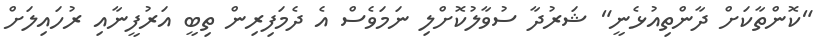
"ކޮންތާކަށް ދާންތިއުޅެނީ" ޝަރުދާ ސުވާލުކޮށްލި ނަމަވެސް އެ ދެމަފިރިން ތިބީ އަރުފީނާއި ރުހައިލަށް